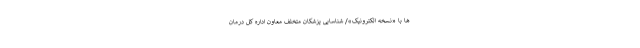
ها با «نسخه الکترونیک»/ شناسایی پزشکان متخلف معاون اداره کل درمان